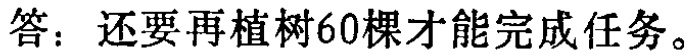
答：还要再植树60棵才能完成任务。